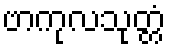
ဗာကုလသုတ္တံ